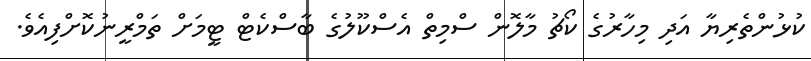
ކުޅުންތެރިޔާ އަދި މިހާރުގެ ކޯޗު މާލޮން ސްމިތް އެސްކޫލުގެ ބާސްކެޓް ޓީމަށް ތަމްރީނުކޮށްފިއެވެ.